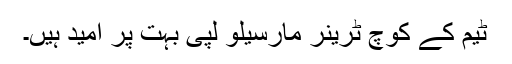
ٹیم کے کوچ ٹرینر مارسیلو لپی بہت پر امید ہیں۔